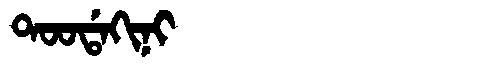
Manchu: ᡨᠣᠣᡩᠠᡴᡳᠨᡳ
Romanization: TOODAKINI